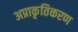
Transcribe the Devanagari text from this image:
अप्राकृतिकरण